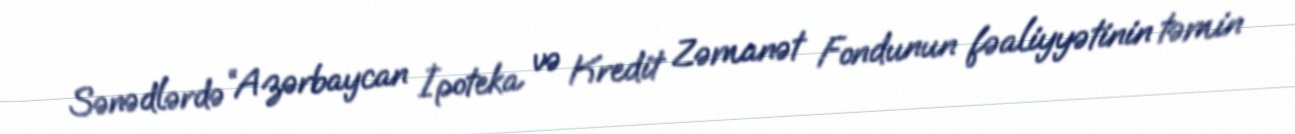
Sənədlərdə “Azərbaycan İpoteka və Kredit Zəmanət Fondunun fəaliyyətinin təmin